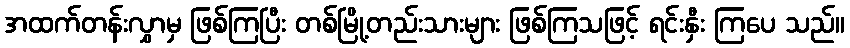
အထက်တန်းလွှာမှ ဖြစ်ကြပြီး တစ်မြို့တည်းသားများ ဖြစ်ကြသဖြင့် ရင်းနှီး ကြပေ သည်။